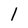
Character: 1